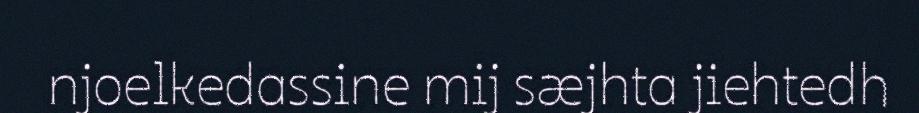
njoelkedassine mij sæjhta jiehtedh